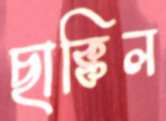
ছাক্কিল